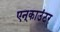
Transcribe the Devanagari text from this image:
एन्‌काउंटर